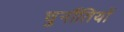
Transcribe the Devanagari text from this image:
चुनौंतियों